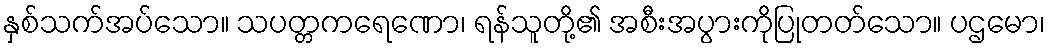
နှစ်သက်အပ်သော။ သပတ္တကရေဏော၊ ရန်သူတို့၏ အစီးအပွားကိုပြုတတ်သော။ ပဌမော၊